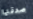
صدقتها